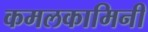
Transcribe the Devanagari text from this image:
कमलकामिनी